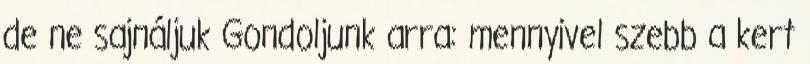
de ne sajnáljuk Gondoljunk arra: mennyivel szebb a kert